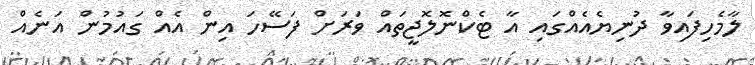
ލާމެހިފައިވާ ދުނިޔެއެއްގައި އާ ޓެކްނޮލޮޖީތައް ވަރަށް ފަސޭހަ އިން އެއް ގައުމުން އަނެއް